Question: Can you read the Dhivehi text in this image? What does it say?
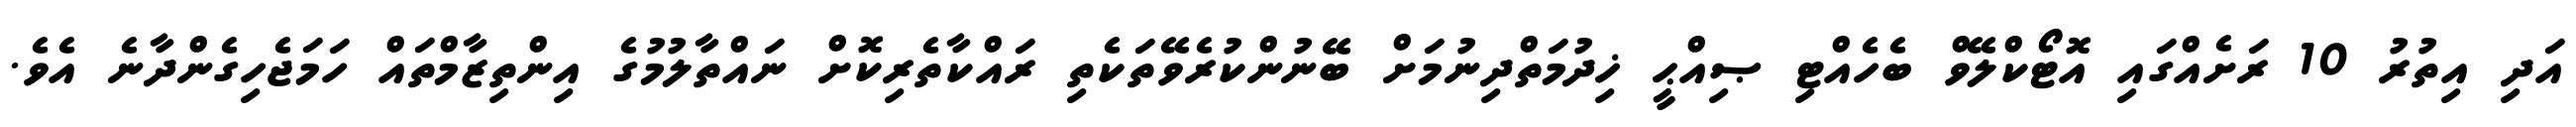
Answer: އަދި އިތުރު 10 ރަށެއްގައި އޮޓޯކްލޭވް ބެހެއްޓި ޞިއްޙީ ޚިދުމަތްދިނުމަށް ބޭނުންކުރެވޭތަކެތި ރައްކާތެރިކޮށް ނައްތާލުމުގެ އިންތިޒާމްތައް ހަމަޖެހިގެންދާނެ އެވެ.